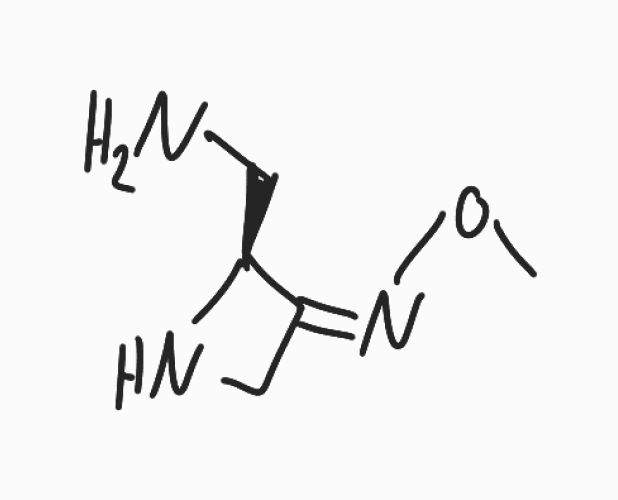
Simplified molecular-input line-entry system (SMILES) notation of the given molecule:
CO/N=C\1/CN[C@H]1CN